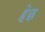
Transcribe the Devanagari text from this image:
हेछ